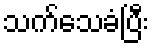
သက်သေခံပြီး